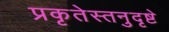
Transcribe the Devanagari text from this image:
प्रकृतेस्तनुदृष्टे